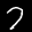
Label: 7